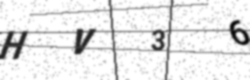
Text: HV36